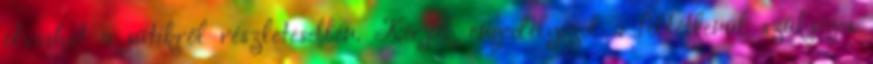
olvashat a sütikről részletesebben. Kérjük engedélyezd a feltétlenül szükséges